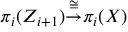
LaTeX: \pi _ { i } ( Z _ { i + 1 } ) { \stackrel { \cong } { \to } } \pi _ { i } ( X )